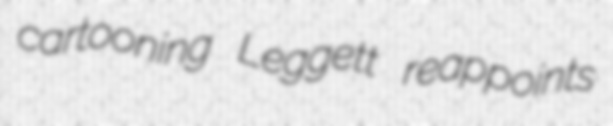
cartooning Leggett reappoints